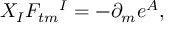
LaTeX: X _ { I } F _ { t m } { } ^ { I } = - \partial _ { m } e ^ { A } ,